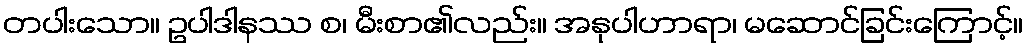
တပါးသော။ ဥပါဒါနဿ စ၊ မီးစာ၏လည်း။ အနုပါဟာရာ၊ မဆောင်ခြင်းကြောင့်။